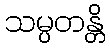
သမ္ပတန္တိ